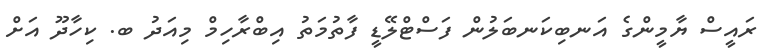
ރައީސް ޔާމީންގެ އަނބިކަނބަލުން ފަސްޓްލޭޑީ ފާތުމަތު އިބްރާހިމް މިއަދު ބ. ކިހާދޫ އަށް